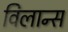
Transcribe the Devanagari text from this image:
विलान्स